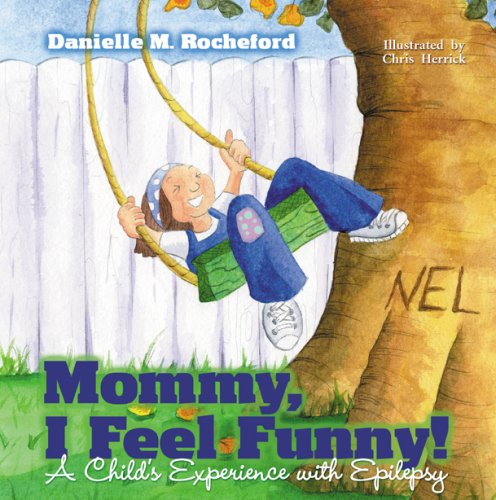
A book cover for Mommy, I Feel Funny! A Child's Experience with Epilepsy; Danielle M. Rocheford; Health, Fitness & Dieting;